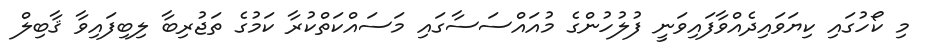
މި ކޯހުގައި ކިޔަވައިދެއްވާފައިވަނީ ފުލުހުންގެ މުއައްސަސާގައި މަސައްކަތްކުރާ ކަމުގެ ތަޖުރިބާ ލިބިފައިވާ ޤާބިލް